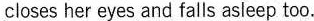
closes her eyes and falls asleep too.